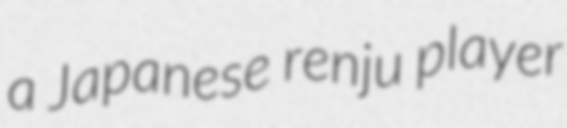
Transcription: a Japanese renju player